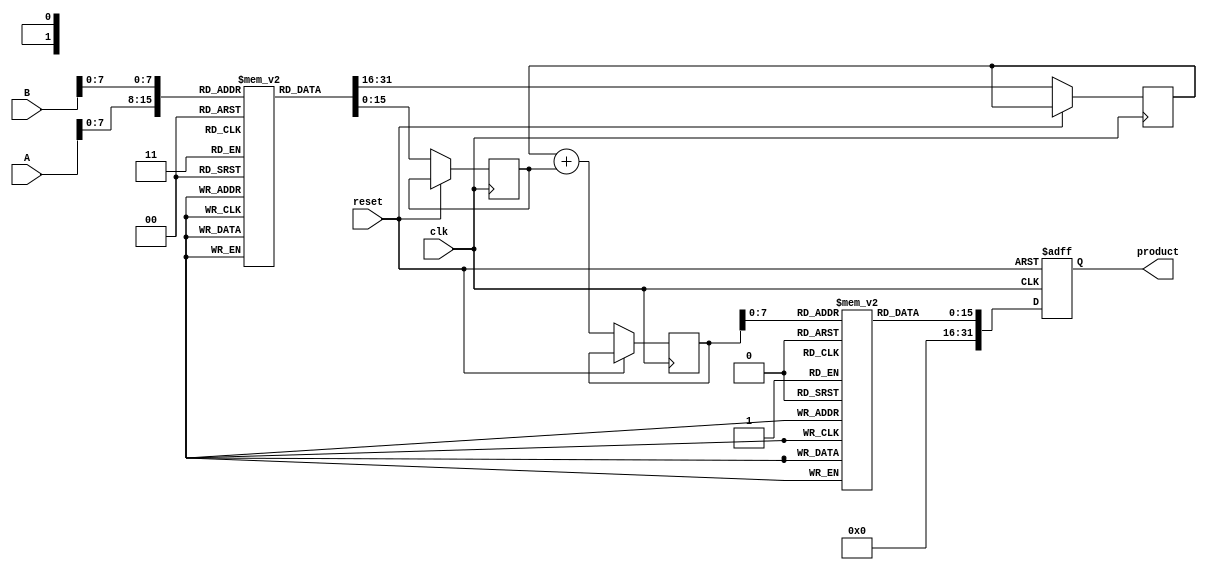
module LogarithmicMultiplier (
    input [15:0] A,   // Input operand A
    input [15:0] B,   // Input operand B
    output reg [31:0] product, // Output product
    input clk,
    input reset
);

    // Logarithm and Exponential look-up tables (simple example)
    // In a real implementation, these would be carefully designed for your data format
    reg [15:0] log_table [0:255]; // Log table for values [0, 255]
    reg [15:0] exp_table [0:255]; // Exp table for values [0, 255]

    initial begin
        // Initialize logarithm and exponential lookup tables (example values)
        // Logarithm and exponential values should be precomputed
        // This is just illustrative; actual values should be computed
        // For example, log_table[0] should represent log(0) = undefined/error
        // Handle special cases per your design requirements.
        log_table[0] = 16'hFFFF; // Undefined (error value)
        log_table[1] = 16'h0000; // log(1) = 0
        // ... Fill in the rest based on actual log values
        exp_table[0] = 16'h0001; // exp(0) = 1
        // ... Fill in the rest based on actual exp values
    end

    reg [15:0] log_A, log_B, log_sum;

    // Logarithm calculation
    always @(posedge clk or posedge reset) begin
        if (reset) begin
            product <= 32'b0;
        end else begin
            // Assuming A and B are within range of log_table
            log_A <= log_table[A[7:0]]; // Get log of A
            log_B <= log_table[B[7:0]]; // Get log of B

            // Addition of logarithms
            log_sum <= log_A + log_B;

            // Exponential calculation
            // Assuming log_sum is valid and within range of exp_table
            product <= exp_table[log_sum[7:0]]; // Get exp of log_sum
        end
    end

endmodule